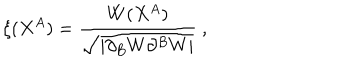
LaTeX: \xi ( X ^ { A } ) = \frac { W ( X ^ { A } ) } { \sqrt { | \partial _ { B } W \partial ^ { B } W | } } ~ ,